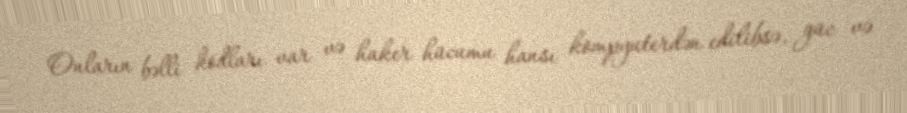
Onların bəlli kodları var və haker hücumu hansı kompyuterdən edilibsə, güc və